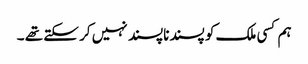
ہم کسی ملک کو پسندناپسند نہیں کر سکتے تھے ۔